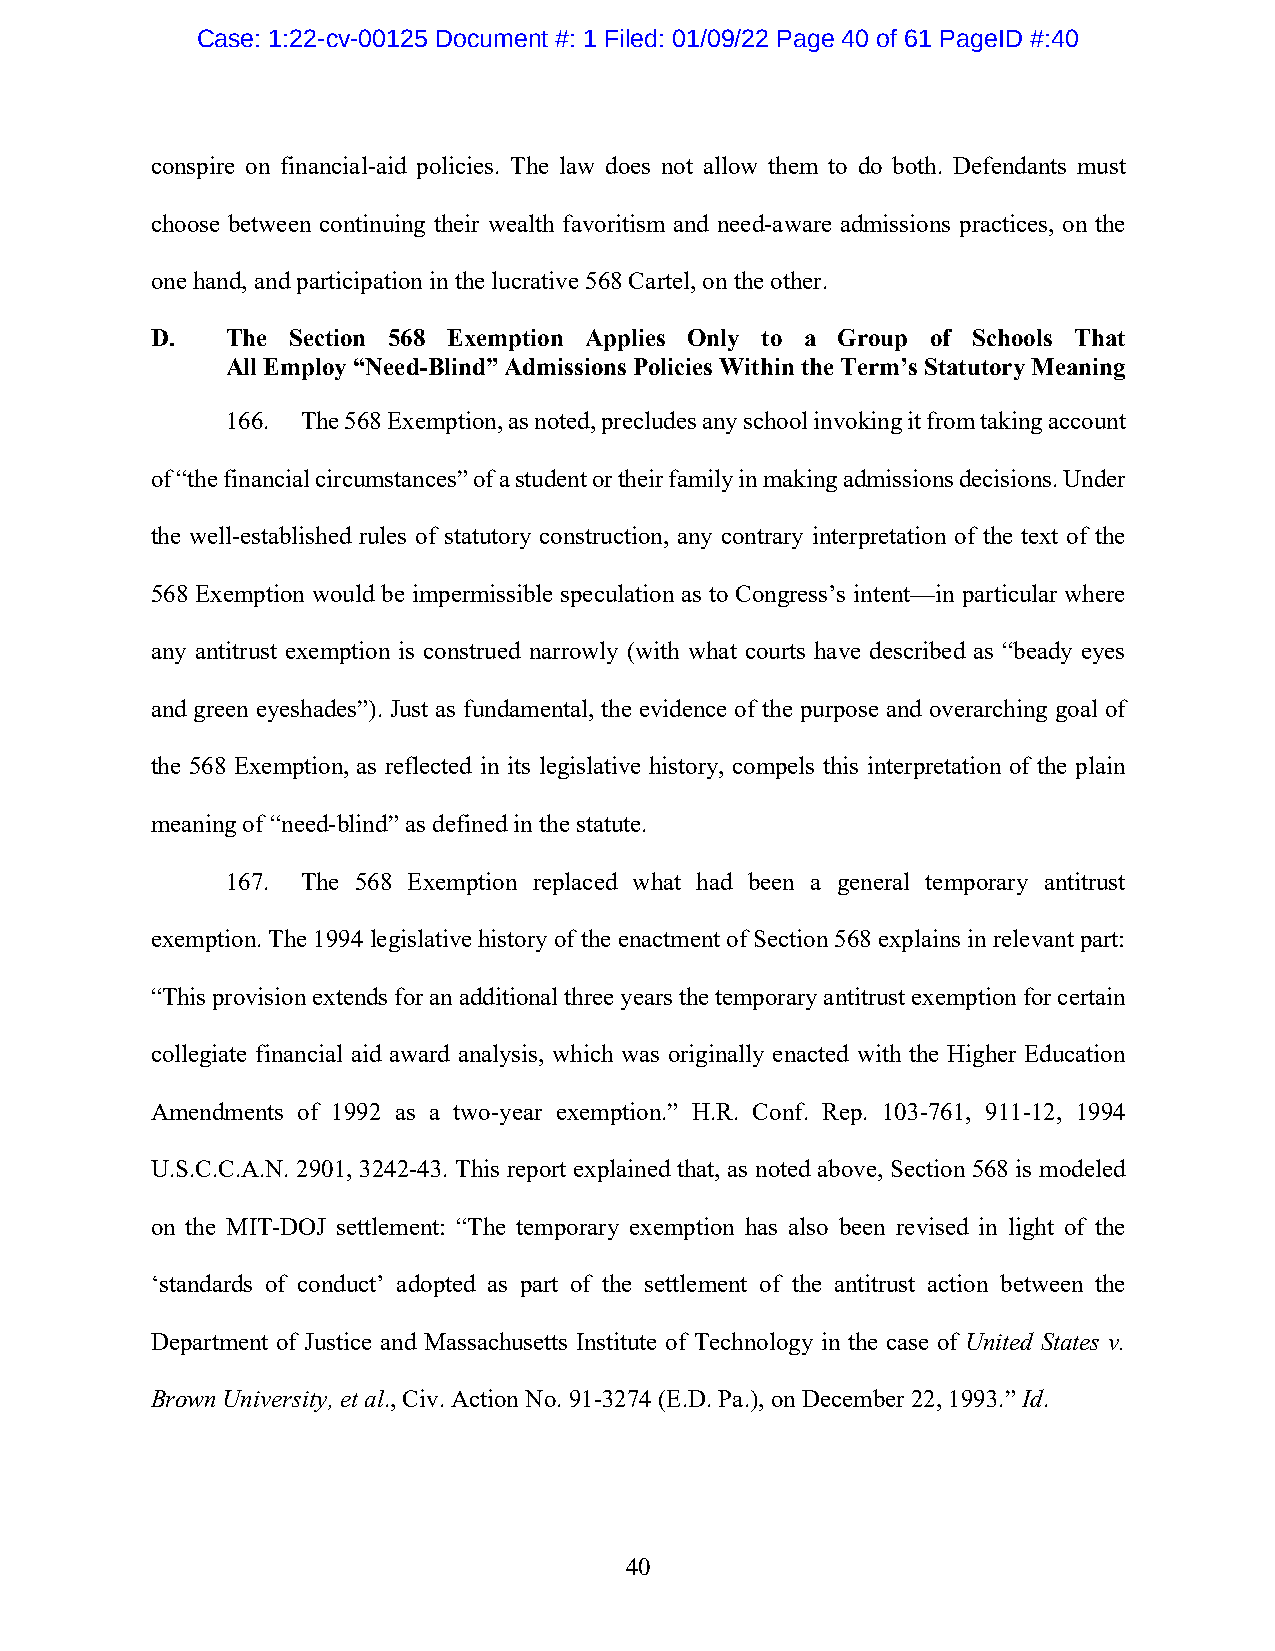
Case: 1:22-cv-00125 Document #: 1 Filed: 01/09/22 Page 40 of 61 PageID #:40
 conspire on financial-aid policies. The law does not allow them to do both. Defendants must
 choose between continuing their wealth favoritism and need-aware admissions practices, on the
 one hand, and participation in the lucrative 568 Cartel, on the other.
 D.   The Section 568 Exemption Applies Only to a Group of Schools That
 All Employ “Need-Blind” Admissions Policies Within the Term’s Statutory Meaning
 166. The 568 Exemption, as noted, precludes any school invoking it from taking account
 of “the financial circumstances” of a student or their family in making admissions decisions. Under
 the well-established rules of statutory construction, any contrary interpretation of the text of the
 568 Exemption would be impermissible speculation as to Congress’s intent—in particular where
 any antitrust exemption is construed narrowly (with what courts have described as “beady eyes
 and green eyeshades”). Just as fundamental, the evidence of the purpose and overarching goal of
 the 568 Exemption, as reflected in its legislative history, compels this interpretation of the plain
 meaning of “need-blind” as defined in the statute.
 167. The 568 Exemption replaced what had been a general temporary antitrust
 exemption. The 1994 legislative history of the enactment of Section 568 explains in relevant part:
 “This provision extends for an additional three years the temporary antitrust exemption for certain
 collegiate financial aid award analysis, which was originally enacted with the Higher Education
 Amendments of 1992 as a two-year exemption.” H.R. Conf. Rep. 103-761, 911-12, 1994
 U.S.C.C.A.N. 2901, 3242-43. This report explained that, as noted above, Section 568 is modeled
 on the MIT-DOJ settlement: “The temporary exemption has also been revised in light of the
 ‘standards of conduct’ adopted as part of the settlement of the antitrust action between the
 Department of Justice and Massachusetts Institute of Technology in the case of United States v.
 Brown University, et al., Civ. Action No. 91-3274 (E.D. Pa.), on December 22, 1993.” Id.
 40